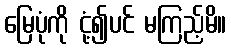
မြေပုံကို ငုံ့၍ပင် မကြည့်မိ။